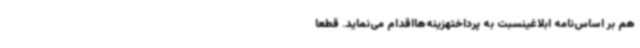
هم بر اساس‌نامه ابلاغینسبت به پرداختهزینه‌هااقدام می‌نماید. قطعاً